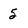
Character: 5